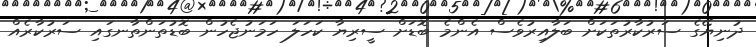
ދުނިޔޭގެ ސަރުކާރުތަކަށް ބަލާއިރުވެސް އެންމެ ބޮޑަށް ސީރިޔާ ކަހަލަ ހަމަނުޖެހުން ބޮޑުތަންތާނގައި ސަރުކާރެއް